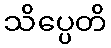
သိပ္ပေတိ